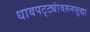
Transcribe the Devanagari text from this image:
धावपट्ट्यांवरुनसुद्धा